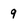
Character: 9